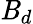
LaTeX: \mathit{B}_{d}